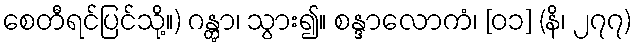
စေတီရင်ပြင်သို့။) ဂန္တွာ၊ သွား၍။ စန္ဒာလောကံ၊ [၀၁] (နိ၊ ၂၇၇)